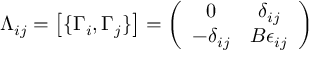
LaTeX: \Lambda _ { i j } = \left[ \{ \Gamma _ { i } , \Gamma _ { j } \} \right] = \left( \begin{array} { c c } { { 0 } } & { { \delta _ { i j } } } \\ { { - \delta _ { i j } } } & { { B \epsilon _ { i j } } } \end{array} \right)